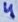
Text: 4